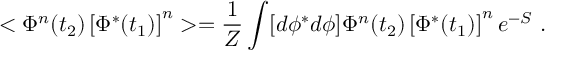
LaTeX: < \Phi ^ { n } ( t _ { 2 } ) \left[ \Phi ^ { * } ( t _ { 1 } ) \right] ^ { n } > = { \frac { 1 } { Z } } \int [ d \phi ^ { * } d \phi ] \Phi ^ { n } ( t _ { 2 } ) \left[ \Phi ^ { * } ( t _ { 1 } ) \right] ^ { n } e ^ { - S } \ .